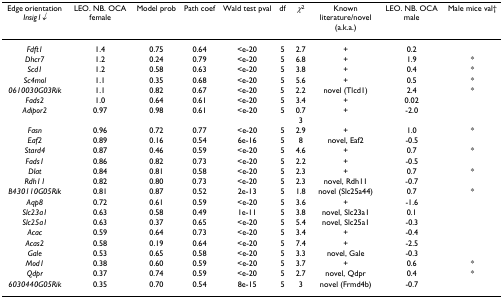
<table><thead><tr><td><b>Edge orientation <i>Insig1↓</i></b></td><td><b>LEO. NB. OCA female</b></td><td><b>Model prob</b></td><td><b>Path coef</b></td><td><b>Wald test pval</b></td><td><b>df</b></td><td><b><i>χ</i><sup>2</sup></b></td><td><b>Known literature/novel (a.k.a.)</b></td><td><b>LEO. NB. OCA male</b></td><td><b>Male mice val†</b></td></tr></thead><tbody><tr><td><i>Fdft1</i></td><td>1.4</td><td>0.75</td><td>0.64</td><td>&lt;e-20</td><td>5</td><td>2.7</td><td>+</td><td>0.2</td><td></td></tr><tr><td><i>Dhcr7</i></td><td>1.2</td><td>0.24</td><td>0.79</td><td>&lt;e-20</td><td>5</td><td>6.8</td><td>+</td><td>1.9</td><td>*</td></tr><tr><td><i>Scd1</i></td><td>1.2</td><td>0.58</td><td>0.63</td><td>&lt;e-20</td><td>5</td><td>3.8</td><td>+</td><td>0.4</td><td>*</td></tr><tr><td><i>Sc4mol</i></td><td>1.1</td><td>0.35</td><td>0.68</td><td>&lt;e-20</td><td>5</td><td>5.6</td><td>+</td><td>0.5</td><td>*</td></tr><tr><td><i>0610030G03Rik</i></td><td>1.1</td><td>0.82</td><td>0.67</td><td>&lt;e-20</td><td>5</td><td>2.2</td><td>novel (Tlcd1)</td><td>2.4</td><td>*</td></tr><tr><td><i>Fads2</i></td><td>1.0</td><td>0.64</td><td>0.61</td><td>&lt;e-20</td><td>5</td><td>3.4</td><td>+</td><td>0.02</td><td></td></tr><tr><td><i>Adipor2</i></td><td>0.97</td><td>0.98</td><td>0.61</td><td>&lt;e-20</td><td>5</td><td>0.73</td><td>+</td><td>-2.0</td><td></td></tr><tr><td><i>Fasn</i></td><td>0.96</td><td>0.72</td><td>0.77</td><td>&lt;e-20</td><td>5</td><td>2.9</td><td>+</td><td>1.0</td><td>*</td></tr><tr><td><i>Eaf2</i></td><td>0.89</td><td>0.16</td><td>0.54</td><td>6e-16</td><td>5</td><td>8</td><td>novel, Eaf2</td><td>-0.5</td><td></td></tr><tr><td><i>Stard4</i></td><td>0.87</td><td>0.46</td><td>0.59</td><td>&lt;e-20</td><td>5</td><td>4.6</td><td>+</td><td>0.7</td><td>*</td></tr><tr><td><i>Fads1</i></td><td>0.86</td><td>0.82</td><td>0.73</td><td>&lt;e-20</td><td>5</td><td>2.2</td><td>+</td><td>-0.5</td><td></td></tr><tr><td><i>Dlat</i></td><td>0.84</td><td>0.81</td><td>0.58</td><td>&lt;e-20</td><td>5</td><td>2.3</td><td>+</td><td>0.7</td><td>*</td></tr><tr><td><i>Rdh11</i></td><td>0.82</td><td>0.80</td><td>0.73</td><td>&lt;e-20</td><td>5</td><td>2.3</td><td>novel, Rdh11</td><td>-0.7</td><td></td></tr><tr><td><i>B430110G05Rik</i></td><td>0.81</td><td>0.87</td><td>0.52</td><td>2e-13</td><td>5</td><td>1.8</td><td>novel (Slc25a44)</td><td>0.7</td><td>*</td></tr><tr><td><i>Aqp8</i></td><td>0.72</td><td>0.61</td><td>0.59</td><td>&lt;e-20</td><td>5</td><td>3.6</td><td>+</td><td>-1.6</td><td></td></tr><tr><td><i>Slc23a1</i></td><td>0.63</td><td>0.58</td><td>0.49</td><td>1e-11</td><td>5</td><td>3.8</td><td>novel, Slc23a1</td><td>0.1</td><td></td></tr><tr><td><i>Slc25a1</i></td><td>0.63</td><td>0.37</td><td>0.65</td><td>&lt;e-20</td><td>5</td><td>5.4</td><td>novel, Slc25a1</td><td>-0.3</td><td></td></tr><tr><td><i>Acac</i></td><td>0.59</td><td>0.64</td><td>0.73</td><td>&lt;e-20</td><td>5</td><td>3.4</td><td>+</td><td>-0.4</td><td></td></tr><tr><td><i>Acas2</i></td><td>0.58</td><td>0.19</td><td>0.64</td><td>&lt;e-20</td><td>5</td><td>7.4</td><td>+</td><td>-2.5</td><td></td></tr><tr><td><i>Gale</i></td><td>0.53</td><td>0.65</td><td>0.58</td><td>&lt;e-20</td><td>5</td><td>3.3</td><td>novel, Gale</td><td>-0.3</td><td></td></tr><tr><td><i>Mod1</i></td><td>0.38</td><td>0.60</td><td>0.59</td><td>&lt;e-20</td><td>5</td><td>3.7</td><td>+</td><td>0.6</td><td>*</td></tr><tr><td><i>Qdpr</i></td><td>0.37</td><td>0.74</td><td>0.59</td><td>&lt;e-20</td><td>5</td><td>2.7</td><td>novel, Qdpr</td><td>0.4</td><td>*</td></tr><tr><td><i>6030440G05Rik</i></td><td>0.35</td><td>0.70</td><td>0.54</td><td>8e-15</td><td>5</td><td>3</td><td>novel (Frmd4b)</td><td>-0.7</td><td></td></tr></tbody></table>